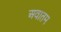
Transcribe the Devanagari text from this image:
अवातम